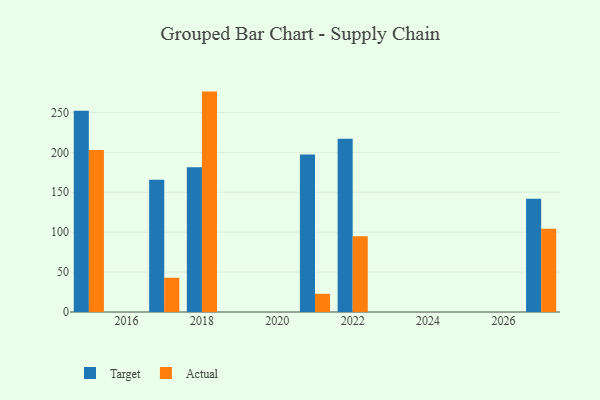
{"axis": {"x": "Year", "y": "LTV (USD)"}, "legend": ["Actual", "Target"], "data": [{"x": "2021", "y": 197.2, "type": "Target"}, {"x": "2021", "y": 22.8, "type": "Actual"}, {"x": "2027", "y": 141.9, "type": "Target"}, {"x": "2027", "y": 104.4, "type": "Actual"}, {"x": "2018", "y": 181.2, "type": "Target"}, {"x": "2018", "y": 276.1, "type": "Actual"}, {"x": "2015", "y": 252.2, "type": "Target"}, {"x": "2015", "y": 202.9, "type": "Actual"}, {"x": "2017", "y": 165.7, "type": "Target"}, {"x": "2017", "y": 42.9, "type": "Actual"}, {"x": "2022", "y": 216.9, "type": "Target"}, {"x": "2022", "y": 95.0, "type": "Actual"}]}